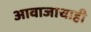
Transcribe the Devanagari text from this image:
आवाजाचाही